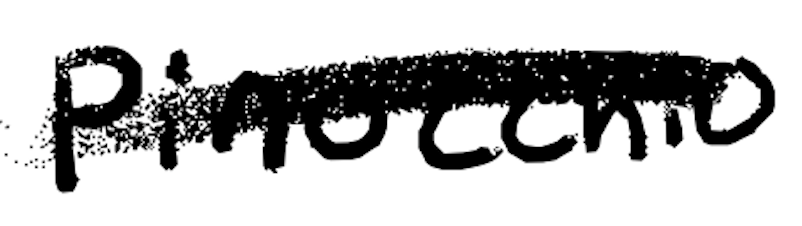
Text: Pinocchio
Cross-out: single-line
Writing tool: digital_black